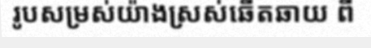
រូបសម្រស់យ៉ាងស្រស់ឆើតឆាយ ពី